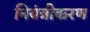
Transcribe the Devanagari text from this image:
नियंत्रीकरण